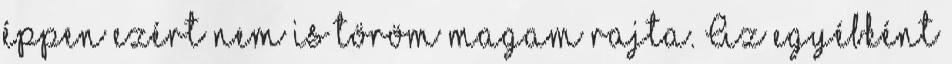
éppen ezért nem is töröm magam rajta. Az egyébként